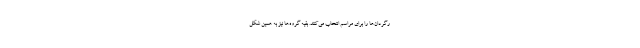
رگردان‌ها را برای مراسم انتخاب می‌کنند. بقیه گروه‌ها نیز به همین شکل